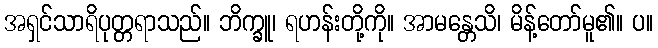
အရှင်သာရိပုတ္တရာသည်။ ဘိက္ခူ၊ ရဟန်းတို့ကို။ အာမန္တေသိ၊ မိန့်တော်မူ၏။ ပ။